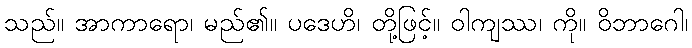
သည်။ အာကာရော၊ မည်၏။ ပဒေဟိ၊ တို့ဖြင့်။ ဝါကျဿ၊ ကို။ ဝိဘာဂေါ၊